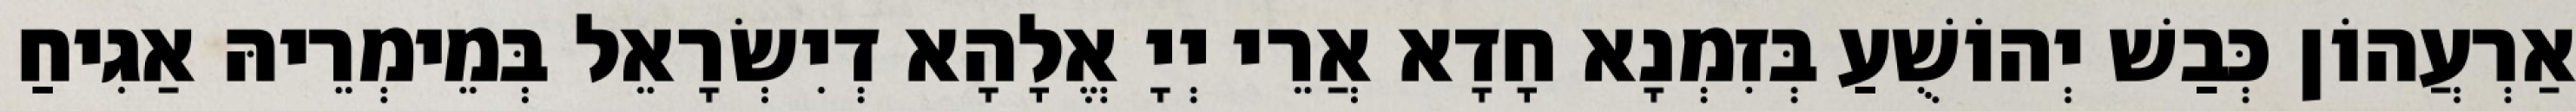
אַרְעֲהוֹן כְּבַשׁ יְהוֹשֻׁעַ בְּזִמְנָא חָדָא אֲרֵי יְיָ אֱלָהָא דְיִשְׂרָאֵל בְּמֵימְרֵיהּ אַגִיחַ